Report of the Indian Hemp Drugs Commission, 1894-1895 - Volume III
Year: 1894
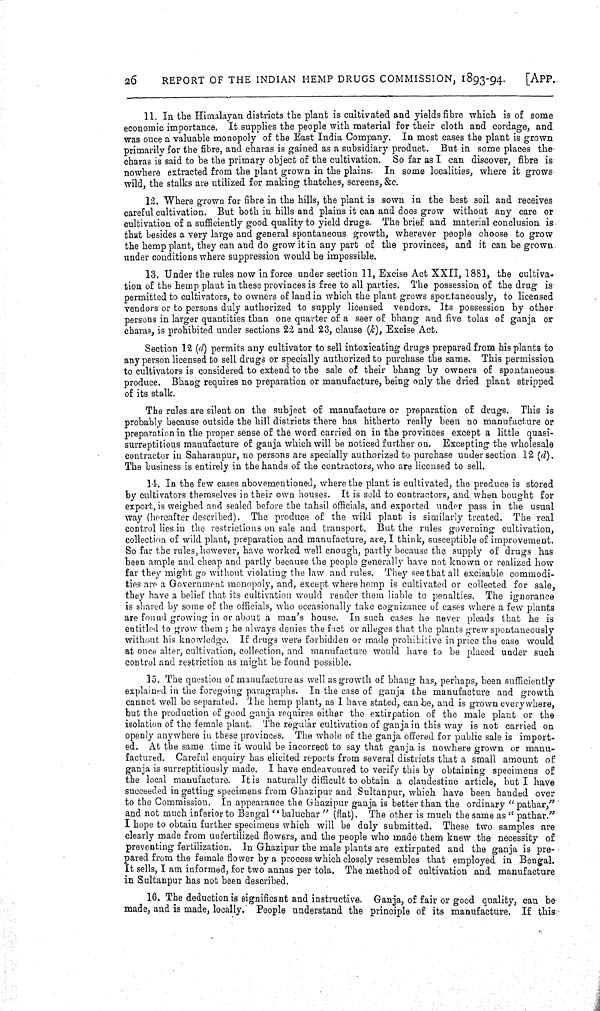
26
REPORT OF THE INDIAN HEMP DRUGS COMMISSION, 1893-94.
[APP.
11. In the Himalayan districts the plant is cultivated and yields fibre which is of some
economic importance. It supplies the people with material for their cloth and cordage, and
was once a valuable monopoly of the East India Company. In most cases the plant is grown
primarily for the fibre, and charas is gained as a subsidiary product. But in some places the
charas is said to be the primary object of the cultivation. So far as I can discover, fibre is
nowhere extracted from the plant grown in the plains. In some localities, where it grows
wild, the stalks are utilized for making thatches, screens, &c.
12. Where grown for fibre in the hills, the plant is sown in the best soil and receives
careful cultivation. But both in hills and plains it can and does grow without any care or
cultivation of a sufficiently good quality to yield drugs. The brief and material conclusion is
that besides a very large and general spontaneous growth, wherever people choose to grow
the hemp plant, they can and do grow it in any part of the provinces, and it can be grown
under conditions where suppression would be impossible.
13. Under the rules now in force under section 11, Excise Act XXII, 1881, the cultiva-
tion of the hemp plant in these provinces is free to all parties. The possession of the drug is
permitted to cultivators, to owners of laud in which the plant grows spontaneously, to licensed
vendors or to persons duly authorized to supply licensed vendors. Its possession by other
persons in larger quantities than one quarter of a seer of bhang and five tolas of ganja or
charas, is prohibited under sections 22 and 23, clause (k), Excise Act.
Section 12 (d) permits any cultivator to sell intoxicating drugs prepared from his plants to
any person licensed to sell drugs or specially authorized to purchase the same. This permission
to cultivators is considered to extend to the sale of their bhang by owners of spontaneous
produce. Bhang requires no preparation or manufacture, being only the dried plant stripped
of its stalk.
The rules are silent on the subject of manufacture or preparation of drugs. This is
probably because outside the hill districts there has hitherto really been no manufacture or
preparation in the proper sense of the word carried on in the provinces except a little quasi-
surreptitious manufacture of ganja which will be noticed further on. Excepting the wholesale
contractor in Saharanpur, no persons are specially authorized to purchase under section 12 (d).
The business is entirely in the hands of the contractors, who are licensed to sell.
14. In the few cases abovementioned, where the plant is cultivated, the produce is stored
by cultivators themselves in their own houses. It is sold to contractors, and when bought for
export, is weighed and sealed before the tahsil officials, and exported under pass in the usual
way (hereafter described). The produce of the wild plant is similarly treated. The real
control lies in the restrictions on sale and transport. But the rules governing cultivation,
collection of wild plant, preparation and manufacture, are, I think, susceptible of improvement.
So far the rules, however, have worked well enough, partly because the supply of drugs has
been ample and cheap and partly because the people generally have not known or realized how
far they might go without violating the law and rules. They see that all excisable commodi-
ties are a Government monopoly, and, except where hemp is cultivated or collected for sale,
they have a belief that its cultivation would render them liable to penalties. The ignorance
is shared by some of the officials, who occasionally take cognizance of cases where a few plants
are found growing in or about a man's house. In such cases he never pleads that he is
entitled to grow them; he always denies the fact or alleges that the plants grew spontaneously
without his knowledge. If drugs were forbidden or made prohibitive in price the case would
at once alter, cultivation, collection, and manufacture would have to be placed under such
control and restriction as might be found possible.
15. The question of manufacture as well as growth of bhang has, perhaps, been sufficiently
explained in the foregoing paragraphs. In the case of ganja the manufacture and growth
cannot well be separated. The hemp plant, as I have stated, can be, and is grown everywhere,
but the production of good ganja requires either the extirpation of the male plant or the
isolation of the female plant. The regular cultivation of ganja in this way is not carried on
openly anywhere in these provinces. The whole of the ganja offered for public sale is import-
ed. At the same time it would be incorrect to say that ganja is nowhere grown or manu-
factured. Careful enquiry has elicited reports from several districts that a small amount of
ganja is surreptitiously made. I have endeavoured to verify this by obtaining specimens of
the local manufacture. It is naturally difficult to obtain a clandestine article, but I have
succeeded in getting specimens from Ghazipur and Sultanpur, which have been handed over
to the Commission. In appearance the Ghazipur ganja is better than the ordinary "pathar,"
and not much inferior to Bengal "baluchar" (flat). The other is much the same as " pathar."
I hope to obtain further specimens which will be duly submitted. These two samples are
clearly made from unfertilized flowers, and the people who made them knew the necessity of
preventing fertilization. In Ghazipur the male plants are extirpated and the ganja is pre-
pared from the female flower by a process which closely resembles that employed in Bengal.
It sells, I am informed, for two annas per tola. The method of cultivation and manufacture
in Sultanpur has not been described.
16. The deduction is significant and instructive. Ganja, of fair or good quality, can be
made, and is made, locally. People understand the principle of its manufacture. If this